Annual administration report of the Civil Veterinary Department of India - 1897-1898
Year: 1897
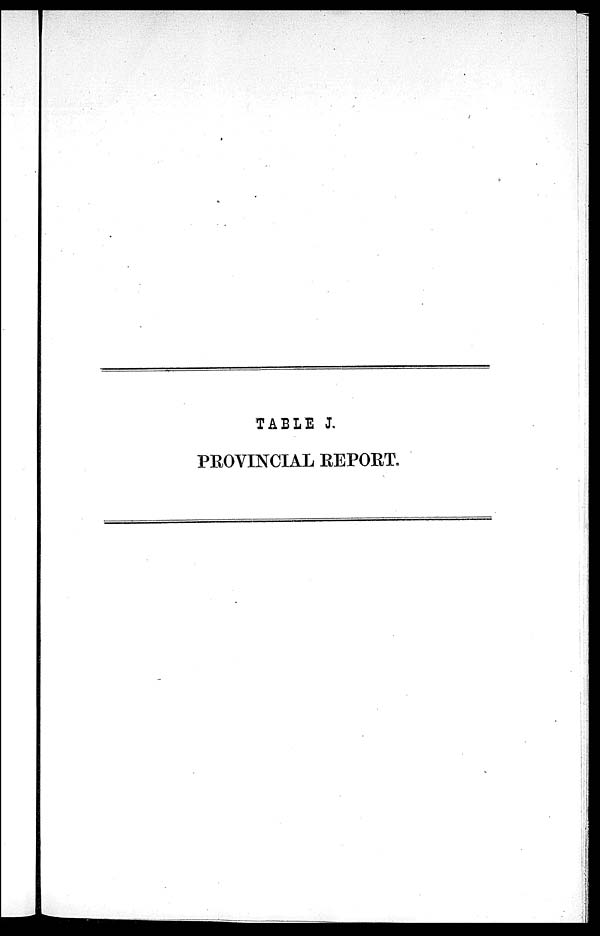
TABLE J.
PROVINCIAL REPORT.